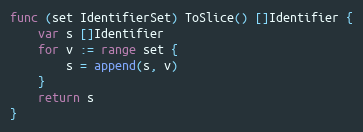
Language: Go
func (set IdentifierSet) ToSlice() []Identifier {
	var s []Identifier
	for v := range set {
		s = append(s, v)
	}
	return s
}